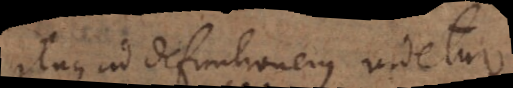
Itaque ad definitionem videtur